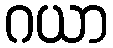
ဂယာ